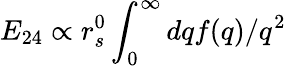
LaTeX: E_{24}\propto r_{s}^{0}\int_{0}^{\infty}dqf(q)/q^{2}